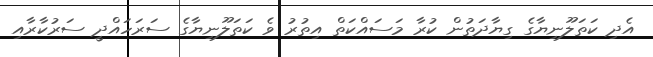
އެދި ކަތަލޫނިޔާގެ ގިޔާދަތުން ކުރާ މަސައްކަތް އިތުރު ވެ ކަތަލޫނިޔާގެ ސަރަހައްދީ ސަރުކާރާއި